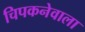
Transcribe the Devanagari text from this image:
चिपकनेवाला